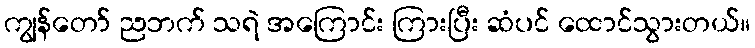
ကျွန်တော် ညဘက် သရဲ အကြောင်း ကြားပြီး ဆံပင် ထောင်သွားတယ်။